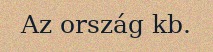
Az ország kb.